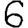
Digit: 6